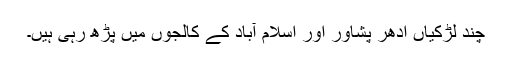
چند لڑکیاں ادھر پشاور اور اسلام آباد کے کالجوں میں پڑھ رہی ہیں۔